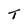
Character: T